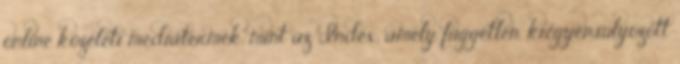
online közéleti médiatermék, mint az Index, amely független, kiegyensúlyozott